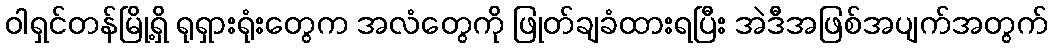
ဝါရှင်တန်မြို့ရှိ ရုရှားရုံးတွေက အလံတွေကို ဖြုတ်ချခံထားရပြီး အဲဒီအဖြစ်အပျက်အတွက်